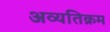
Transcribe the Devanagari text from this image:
अव्यतिक्रम